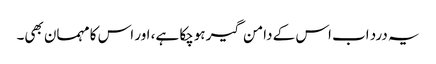
یہ درد اب اس کے دامن گیر ہوچکا ہے، اور اس کا مہمان بھی۔